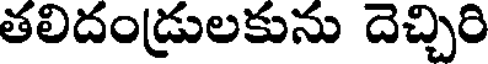
తలిదండ్రులకును దెచ్చిరి